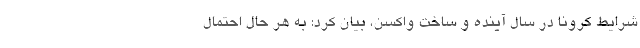
شرایط کرونا در سال آینده و ساخت واکسن، بیان کرد: به هر حال احتمال